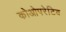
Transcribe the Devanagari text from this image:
कोओपरेटिव